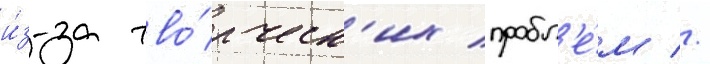
и́з-за тво́рческ'их пробл'е́м //